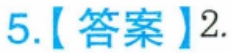
5.【答案】2.